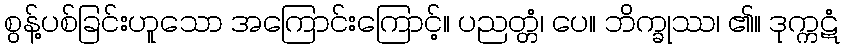
စွန့်ပစ်ခြင်းဟူသော အကြောင်းကြောင့်။ ပညတ္တံ၊ ပေ။ ဘိက္ခုဿ၊ ၏။ ဒုက္ကဋံ